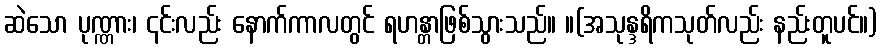
ဆဲသော ပုဏ္ဏား၊ ၎င်းလည်း နောက်ကာလတွင် ရဟန္တာဖြစ်သွားသည်။ ။(အသုန္ဒရိကသုတ်လည်း နည်းတူပင်။)